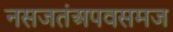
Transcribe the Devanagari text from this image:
नसजतंअपवसमज